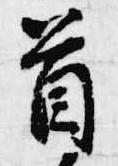
首